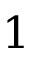
1